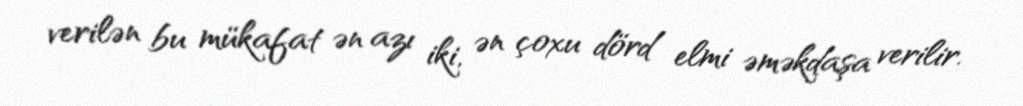
verilən bu mükafat ən azı iki, ən çoxu dörd elmi əməkdaşa verilir.